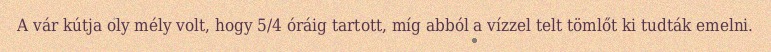
A vár kútja oly mély volt, hogy 5/4 óráig tartott, míg abból a vízzel telt tömlőt ki tudták emelni.